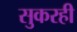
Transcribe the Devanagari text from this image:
सुकरही